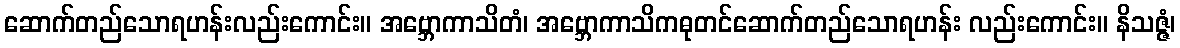
ဆောက်တည်သောရဟန်းလည်းကောင်း။ အဗ္ဘောကာသိတံ၊ အဗ္ဘောကာသိကဓုတင်ဆောက်တည်သောရဟန်း လည်းကောင်း။ နိသဇ္ဇံ၊